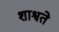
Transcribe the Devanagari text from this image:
शाश्वते